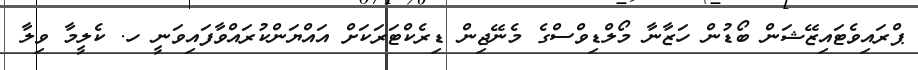
ޕްރައިވެޓައިޒޭޝަން ބޯޑުން ހަޒާނާ މޯލްޑިވްސްގެ މެނޭޖިން ޑިރެކްޓަރަކަށް އައްޔަންކުރައްވާފައިވަނީ ހ. ކެލީމާ ވިލާ